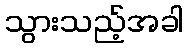
သွားသည့်အခါ